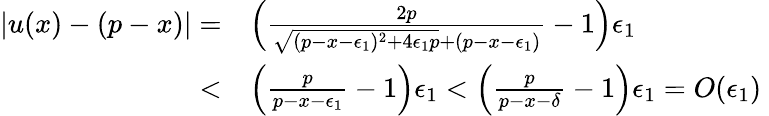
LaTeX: \begin{array}{rl}{\left|u(x)-(p-x)\right|=}&{\left(\frac{2p}{\sqrt{(p-x-\epsilon_{1})^{2}+4\epsilon_{1}p}+(p-x-\epsilon_{1})}-1\right)\epsilon_{1}}\\ {<}&{\left(\frac{p}{p-x-\epsilon_{1}}-1\right)\epsilon_{1}<\left(\frac{p}{p-x-\delta}-1\right)\epsilon_{1}=O(\epsilon_{1})\ }\end{array}